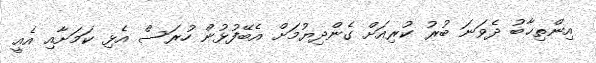
އިންތިޚާބު ދެވަނަ ބުރު ކުރިއަށް ގެންދިޔުމަށް އެބޭފުޅުން ހުރަސް އެޅި ކަމަށާއި އެއީ